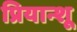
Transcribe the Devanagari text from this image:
प्रियान्शू